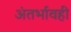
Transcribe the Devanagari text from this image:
अंतर्भावही